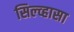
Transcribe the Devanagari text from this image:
सिल्व्हासा